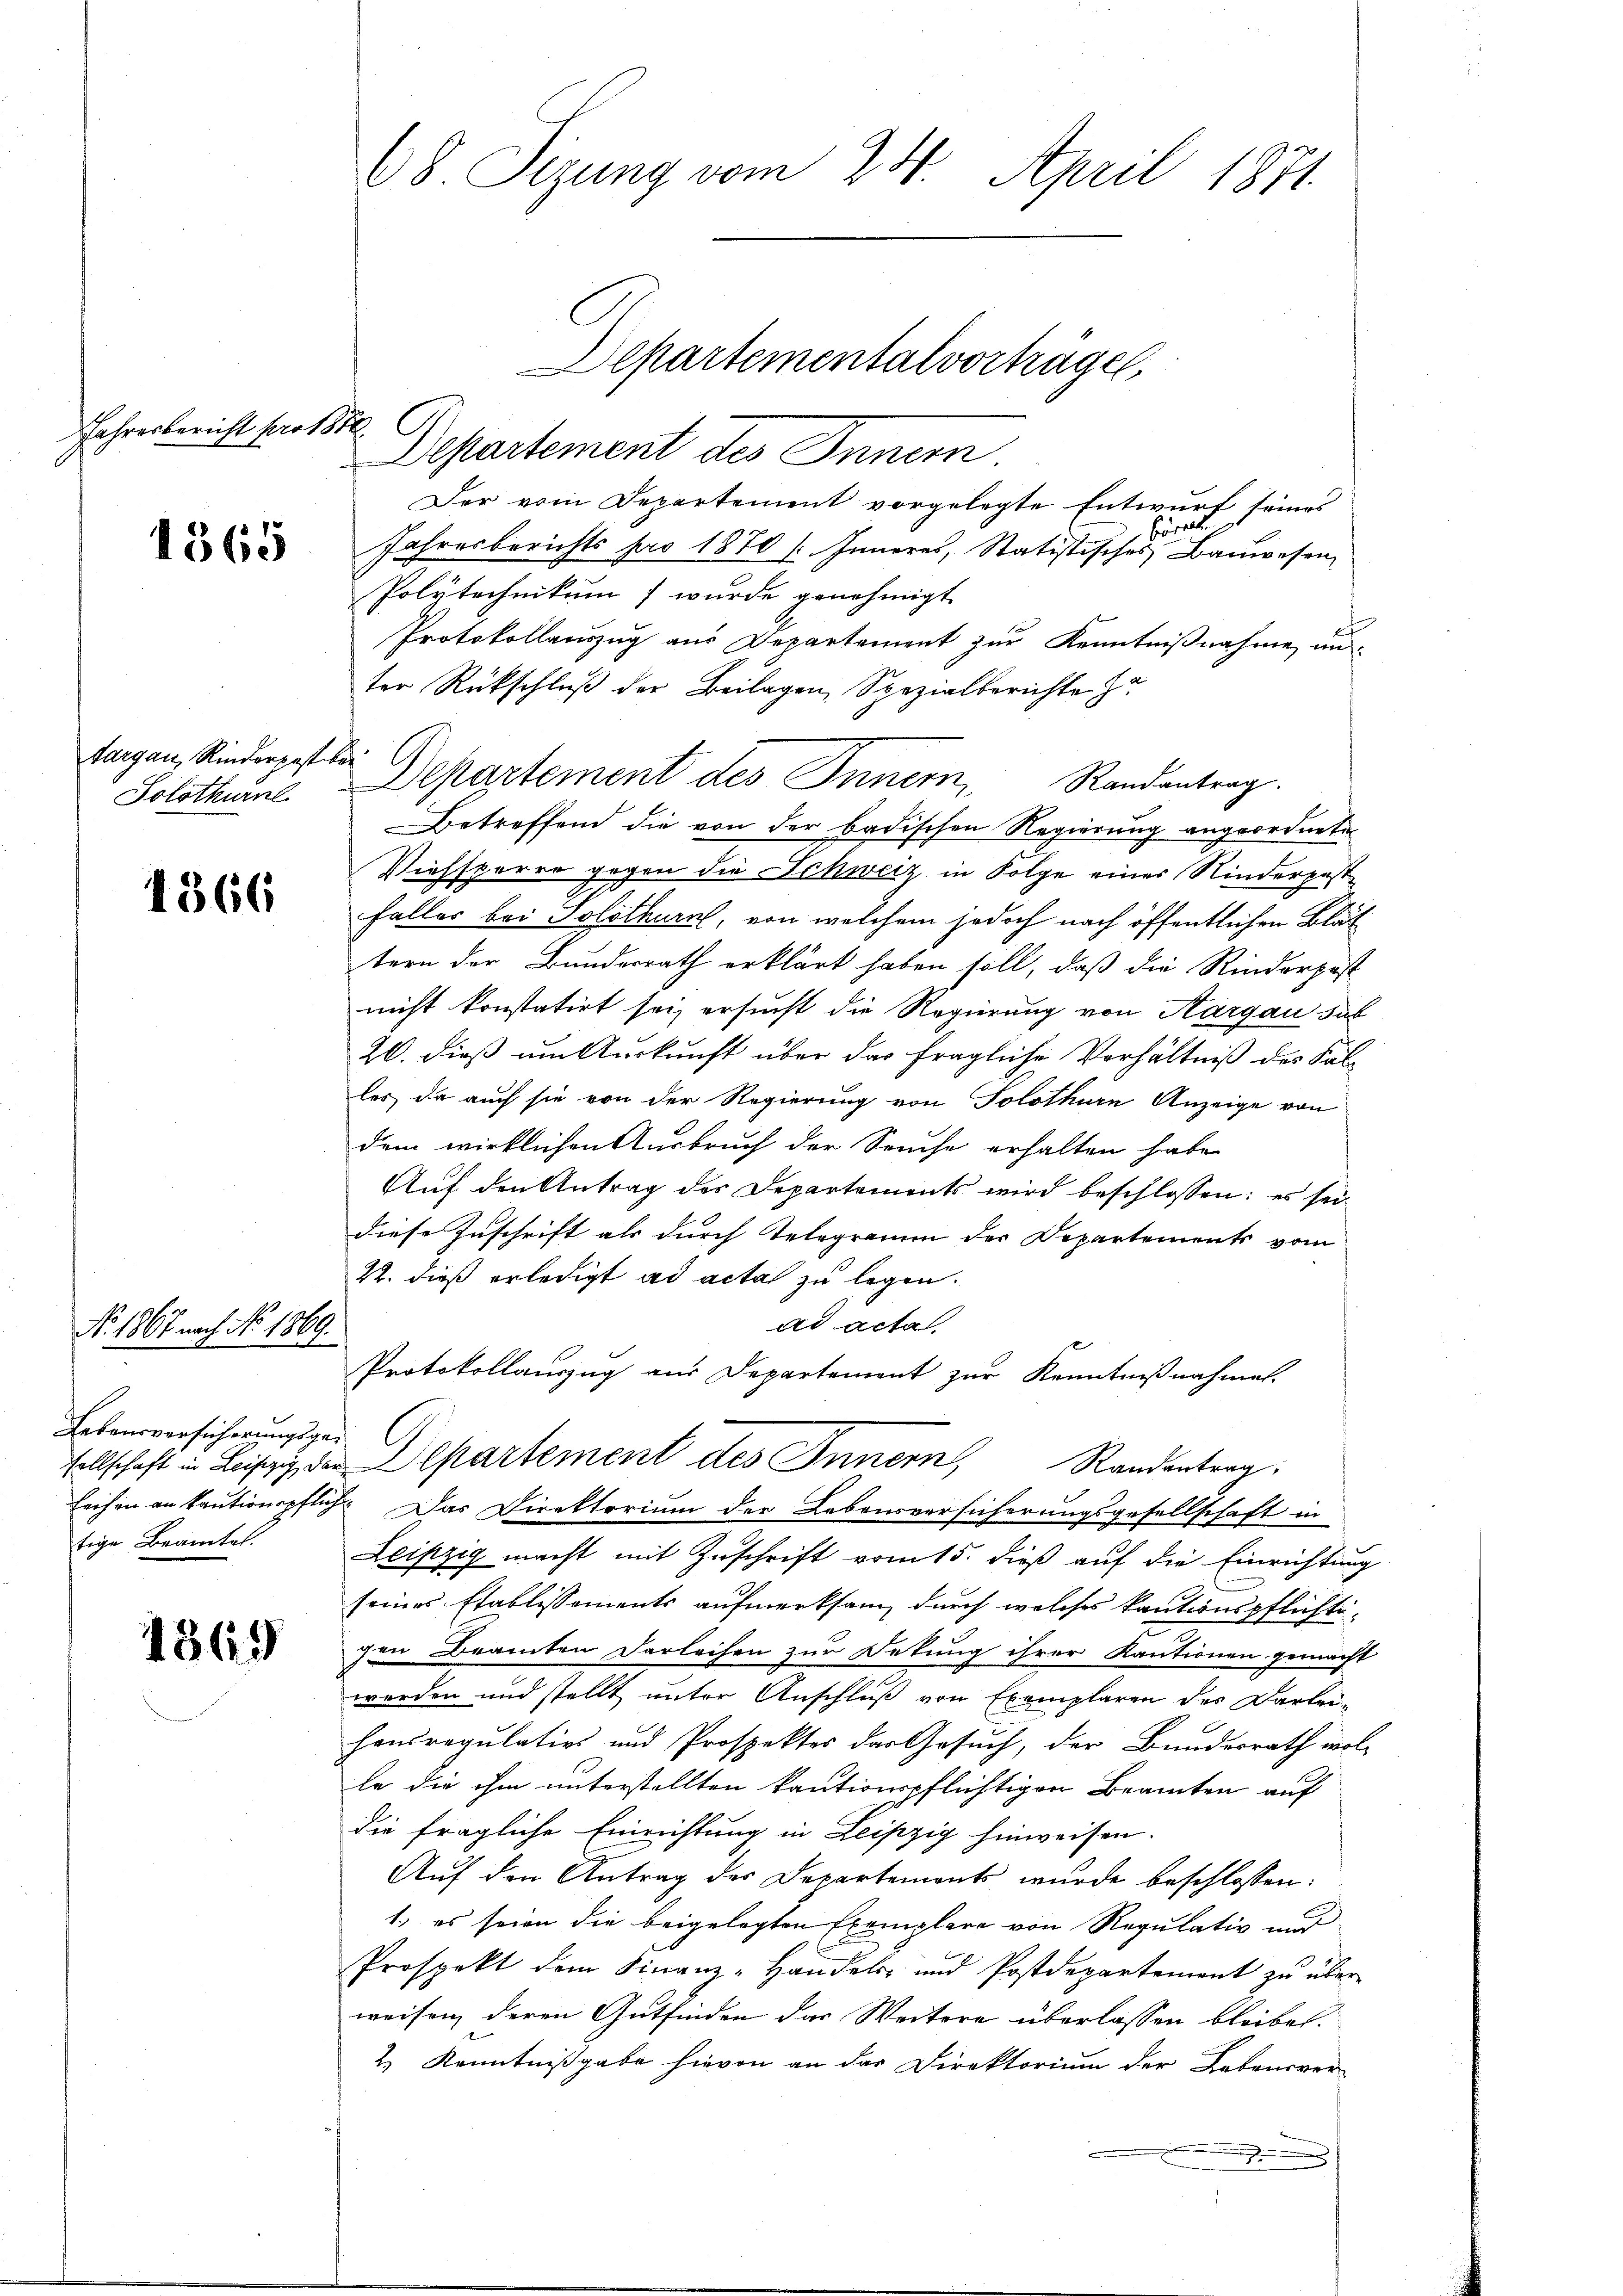
Jahresbericht pro 1810.

1365

targau, Rinderpest ber
Solothurnel

4366

Lebensversicherungsgetige Beamtes.

No 1867 nach No. 1869.

1369

Der vom Departement vorgelegte Entwurf seines
Heirate
Jahresberichts pro 1870 / Inneres, Statistisches Bauwesen,
Polytechnikum wurde genehmigt.
Protokollauszug aus Departement zur Kenntnißnahme un
ter Rückschluß der Beilagen, Spezialberichte
Betreffend die von der badischen Regierung angeordnete
Viehsperro gegen die Schweiz in Folge eines Kinderpest¬
Faller bei Solothurn, von welchem jedoch nach öffentlichen Blät
tern der Bundesrath erklärt haben soll, daß die Rinderpost
nicht konstatirt sei, ersucht die Regierung von Aargau sab
20. dieß um Auskunft über das fragliche Verhältniß des Sal-
les, da auch sie von der Regierung von Solothurn Anzeige von
dem wirklichen Ausbruch der Sache erhalten habe
Auf den Antrag des Departements wird beschlossen: es sei
diese Zuschrift als durch Telegramm der Departements vom
22. dieß erledigt ad acta zu legen.
ad acta.
Protokollauszug aus Departement zur Kenntnißnahmen.
sellschaft in Leipzig, der Departement des Innern, Randentrag.
Leihen an kautionspflich. Das Direktorium der Lebensversicherungsgesellschaft in
Leipzig macht mit Zuschrift vom 15. dieß auf die Einrichtung
seines Etablissements aufmerksam durch welches kautionspflichtigen Beamten Darleihen zur Detung ihrer Kautionen gemacht
werden und stellt unter Anschluß von Exemplaren des Darlei-
hondregulativs und Prospektes der Gesuch, der Bundesrath wolle die ihm unterstellten kautionspflichtigen Beamten auf
die fragliche Einrichtung in Leipzig hinweisen.
Auf den Antrag des Departements wurde beschlossen:
1., es seien die beigelegten Exemplare von Regulativ und
Prospekt dem Finanz-Handels- und Postdepartement zŭ über-
weisen, deren Gutfinden das Weitere überlassen bleibe.
2.) Kenntnißgabe hievon an das Direktorium der Lebensver¬
.

68 Sizung vom 24. April 1871.

Departement des Innem

Departement des Innern Randantrag.

Departementalvorträge,